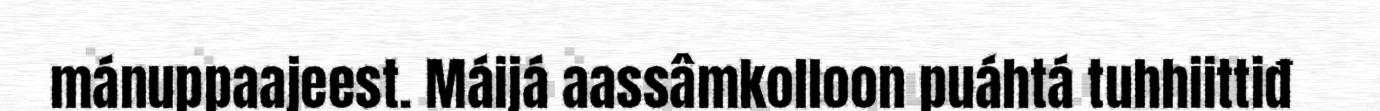
mánuppaajeest. Máijá aassâmkolloon puáhtá tuhhiittiđ